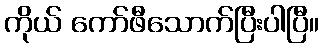
ကိုယ် ကော်ဖီသောက်ပြီးပါပြီ။